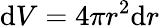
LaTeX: \mathrm{d}V=4\pi r^{2}\mathrm{d}r